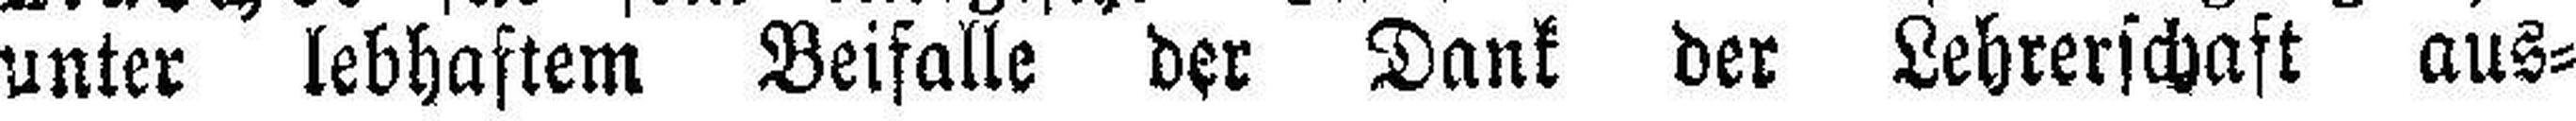
unter lebhaftem Beifalle der Dank der Lehrerschaft aus¬